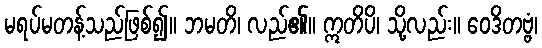
မရပ်မတန့်သည်ဖြစ်၍။ ဘမတိ၊ လည်၏။ ဣတိပိ၊ သို့လည်း။ ဝေဒိတဗ္ဗံ၊